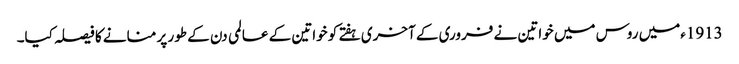
1913ءمیں روس میں خواتین نے فروری کے آخری ہفتے کو خواتین کے عالمی دن کے طور پر منانے کا فیصلہ کیا۔